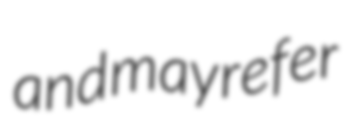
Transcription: and may refer